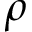
\rho